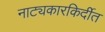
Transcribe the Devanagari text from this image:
नाट्यकारकिर्दीत